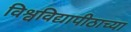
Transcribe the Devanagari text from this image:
विश्वविद्यापीठाच्या